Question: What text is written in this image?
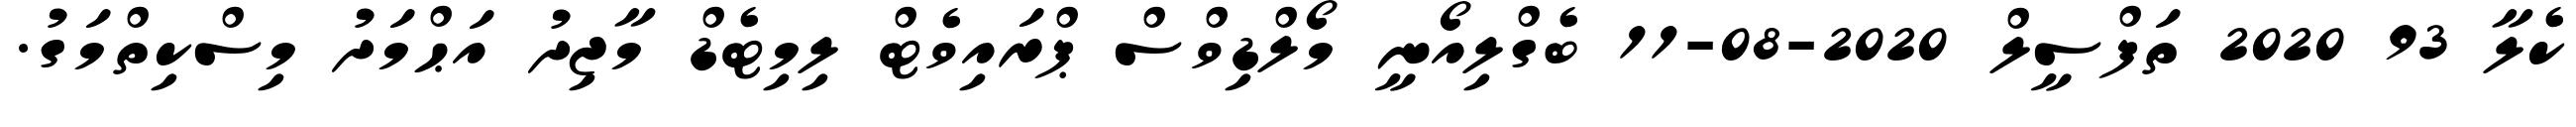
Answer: ކެލާ 93 2020 ތަފްސީލް 2020-08-11 ބެގްލިއޯނީ މޯލްޑިވްސް ޕްރައިވެޓް ލިމިޓެޑް މާޖިދު އަޙްމަދު މިސްކިތްމަގު.